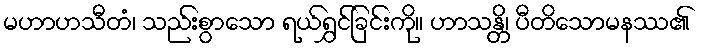
မဟာဟသီတံ၊ သည်းစွာသော ရယ်ရွှင်ခြင်းကို။ ဟာသန္တိ၊ ပီတိသောမနဿ၏